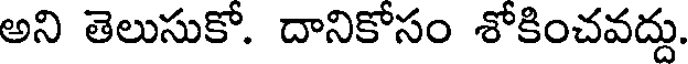
అని తెలుసుకో. దానికోసం శోకించవద్దు.